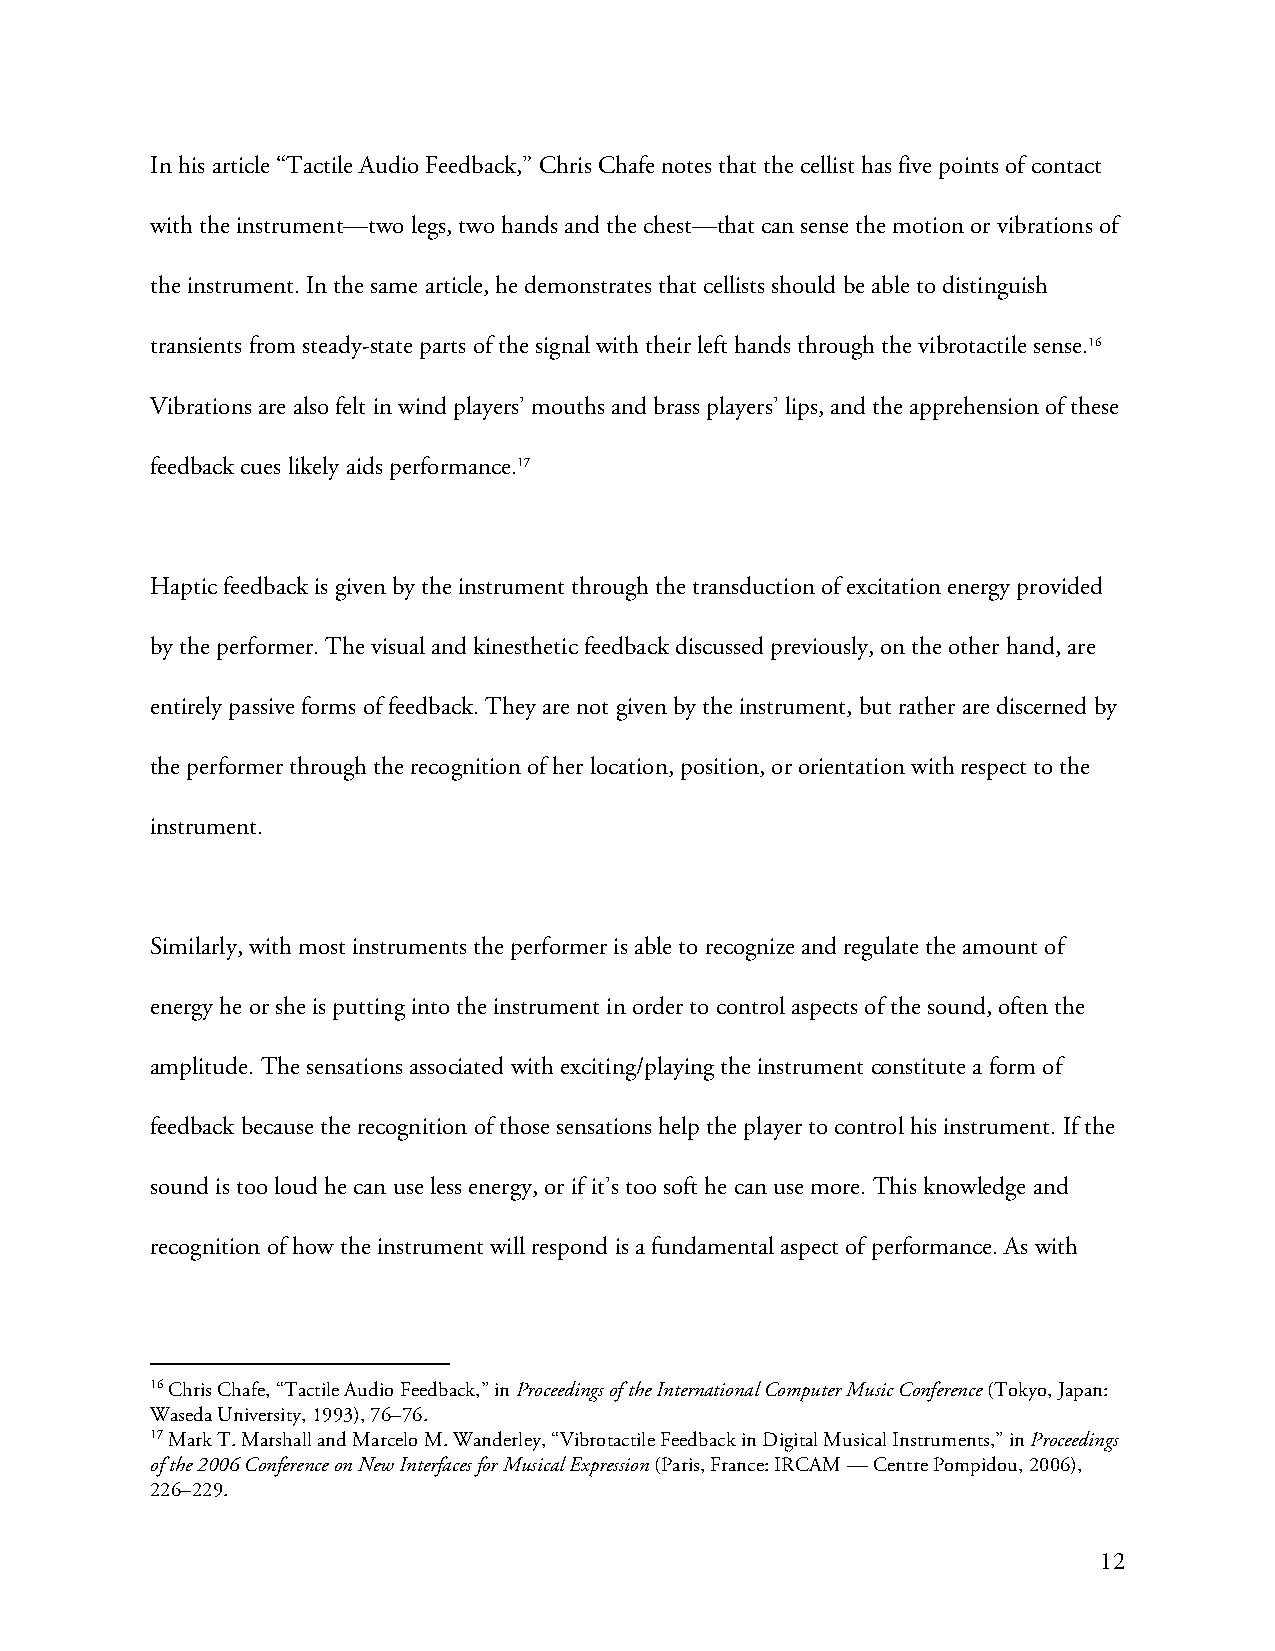
In his article “Tactile Audio Feedback,” Chris Chafe notes that the cellist has five points of contact
 with the instrument—two legs, two hands and the chest—that can sense the motion or vibrations of
 the instrument. In the same article, he demonstrates that cellists should be able to distinguish
 transients from steady-state parts of the signal with their left hands through the vibrotactile sense.16
 Vibrations are also felt in wind players’ mouths and brass players’ lips, and the apprehension of these
 feedback cues likely aids performance.17
 Haptic feedback is given by the instrument through the transduction of excitation energy provided
 by the performer. The visual and kinesthetic feedback discussed previously, on the other hand, are
 entirely passive forms of feedback. They are not given by the instrument, but rather are discerned by
 the performer through the recognition of her location, position, or orientation with respect to the
 instrument.
 Similarly, with most instruments the performer is able to recognize and regulate the amount of
 energy he or she is putting into the instrument in order to control aspects of the sound, often the
 amplitude. The sensations associated with exciting/playing the instrument constitute a form of
 feedback because the recognition of those sensations help the player to control his instrument. If the
 sound is too loud he can use less energy, or if it’s too soft he can use more. This knowledge and
 recognition of how the instrument will respond is a fundamental aspect of performance. As with
 16 Chris Chafe, “Tactile Audio Feedback,” in Proceedings of the International Computer Music Conference (Tokyo, Japan:
 Waseda University, 1993), 76–76.
 17 Mark T. Marshall and Marcelo M. Wanderley, “Vibrotactile Feedback in Digital Musical Instruments,” in Proceedings
 of the 2006 Conference on New Interfaces for Musical Expression (Paris, France: IRCAM — Centre Pompidou, 2006),
 226–229.
 12